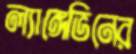
ল্যাঙ্গেভিনের